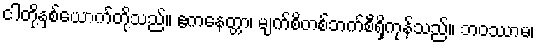
ငါတို့နှစ်ယောက်တို့သည်။ ဧကနေတ္တာ၊ မျက်စိတစ်ဘက်စီရှိကုန်သည်။ ဘဝဿာမ၊